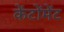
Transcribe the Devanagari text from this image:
केंटोंमेंट